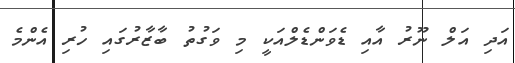
އަދި އަލް ނޫރު އާއި ޑެވަންޑެލްއަކީ މި ވަގުތު ބާޒާރުގައި ހުރި އެންމެ